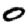
Digit: 0